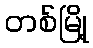
တစ်မြို့